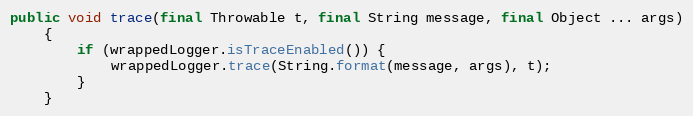
Language: Java
public void trace(final Throwable t, final String message, final Object ... args)
    {
        if (wrappedLogger.isTraceEnabled()) {
            wrappedLogger.trace(String.format(message, args), t);
        }
    }